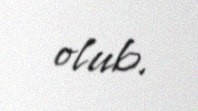
olub.